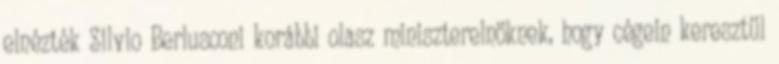
elnézték Silvio Berlusconi korábbi olasz miniszterelnöknek, hogy cégein keresztül